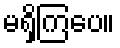
မရှိကြပေ။